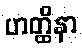
ဟတ္ထိနာ